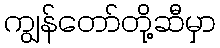
ကျွန်တော်တို့ဆီမှာ